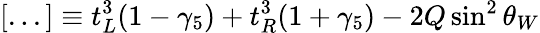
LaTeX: [...]\equiv t_{L}^{3}(1-\gamma_{5})+t_{R}^{3}(1+\gamma_{5})-2Q\sin^{2}\theta_{W}